Vaccination North-Western Provinces and Oudh 1896-1901 - 1896-1901
Year: 1896
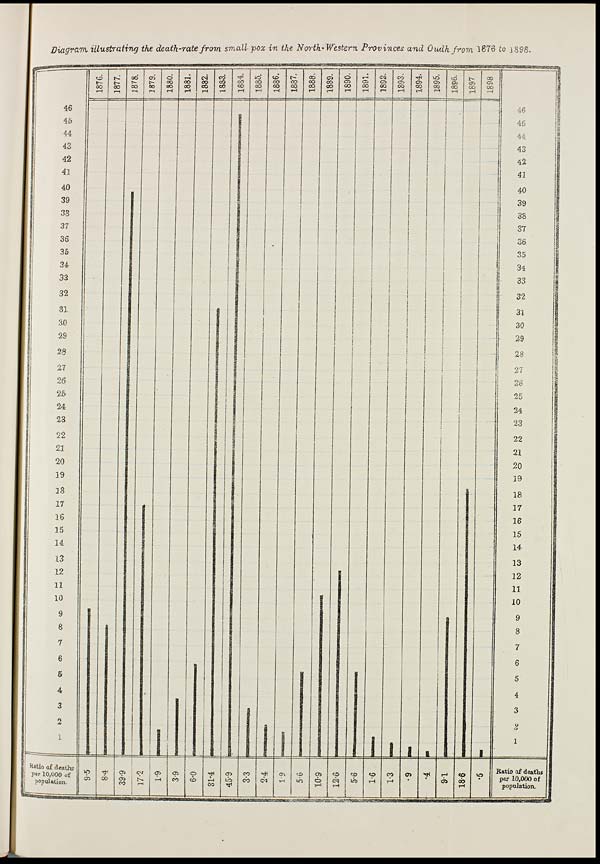
Diagram illustrating the death-rate from small-pox in the North-Western Provinces and Oudh from 1876 to 1898.